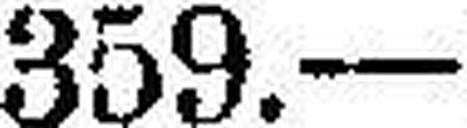
359.—